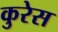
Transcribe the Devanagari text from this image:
कुरेस